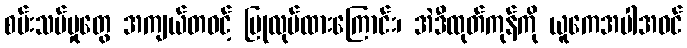
စမ်းသပ်မှုတွေ အကျယ်တဝင့် ပြုလုပ်ထားကြောင်း၊ အဲဒီထုတ်ကုန်ကို ယူကေအပါအဝင်